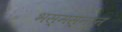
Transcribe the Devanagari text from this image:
भस्मस्नान